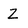
Character: Z